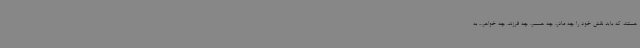
هستند که باید نقش خود را چه مادر، چه همسر، چه فرزند، چه خواهر... به